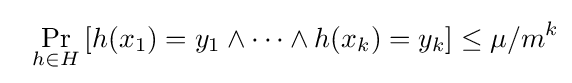
~~\Pr _{h\in H}\left[h(x_{1})=y_{1}\land \cdots \land h(x_{k})=y_{k}\right]\leq \mu /m^{k}